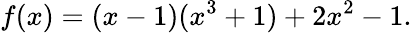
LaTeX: f(x)=(x-1)(x^{3}+1)+2x^{2}-1.